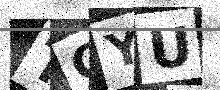
Text: TGYU